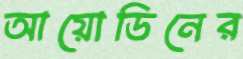
আয়োডিনের